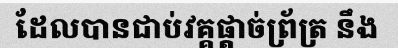
ដែលបានជាប់វគ្គផ្តាច់ព្រ័ត្រ នឹង